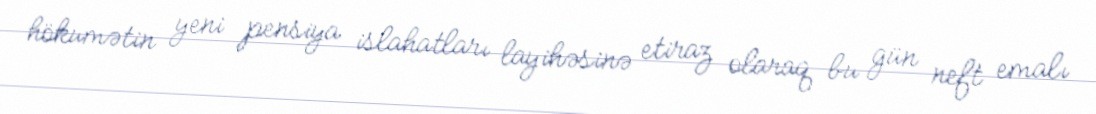
hökumətin yeni pensiya islahatları layihəsinə etiraz olaraq bu gün neft emalı